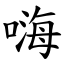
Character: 嗨